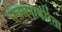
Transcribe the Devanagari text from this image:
संचलनाकरिता